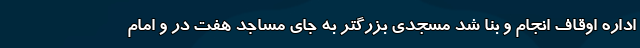
اداره اوقاف انجام و بنا شد مسجدی بزرگتر به جای مساجد هفت در و امام